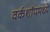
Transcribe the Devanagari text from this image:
वर्कशॉपमध्ये